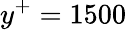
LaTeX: y^{+}=1500